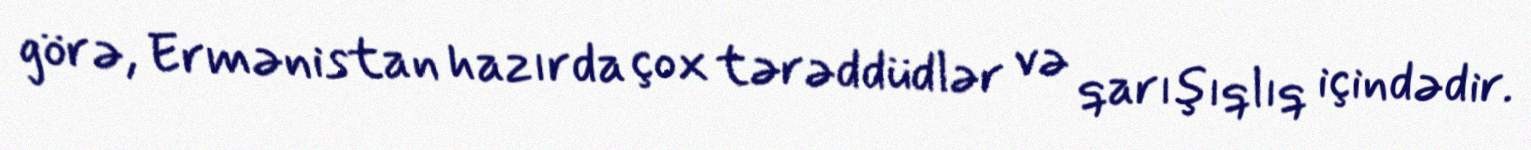
görə, Ermənistan hazırda çox tərəddüdlər və qarışıqlıq içindədir.